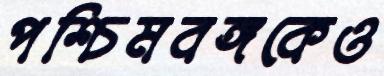
পশ্চিমবঙ্গকেও